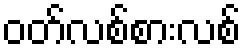
ဝတ်လစ်စားလစ်